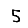
Digit: 5